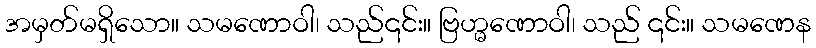
အမှတ်မရှိသော။ သမဏောဝါ၊ သည်၎င်း။ ဗြဟ္မဏောဝါ၊ သည် ၎င်း။ သမဏေန